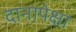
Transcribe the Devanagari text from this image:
दानापेक्षा